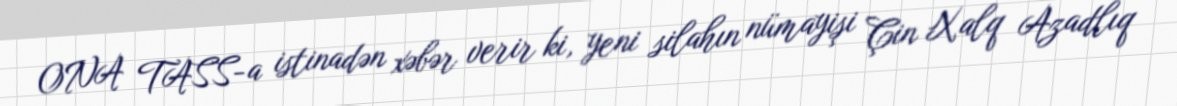
ONA TASS-a istinadən xəbər verir ki, yeni silahın nümayişi Çin Xalq Azadlıq